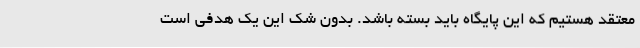
معتقد هستیم که این پایگاه باید بسته باشد. بدون شک این یک هدفی است